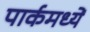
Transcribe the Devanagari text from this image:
पार्कमध्यें